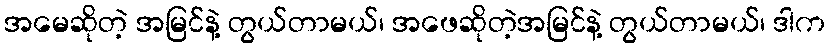
အမေဆိုတဲ့ အမြင်နဲ့ တွယ်တာမယ်၊ အဖေဆိုတဲ့အမြင်နဲ့ တွယ်တာမယ်၊ ဒါက